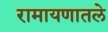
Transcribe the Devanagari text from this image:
रामायणातले